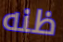
ظنه